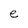
Character: e